Indian journal of veterinary science and animal husbandry - Volume 4,
Year: 1934
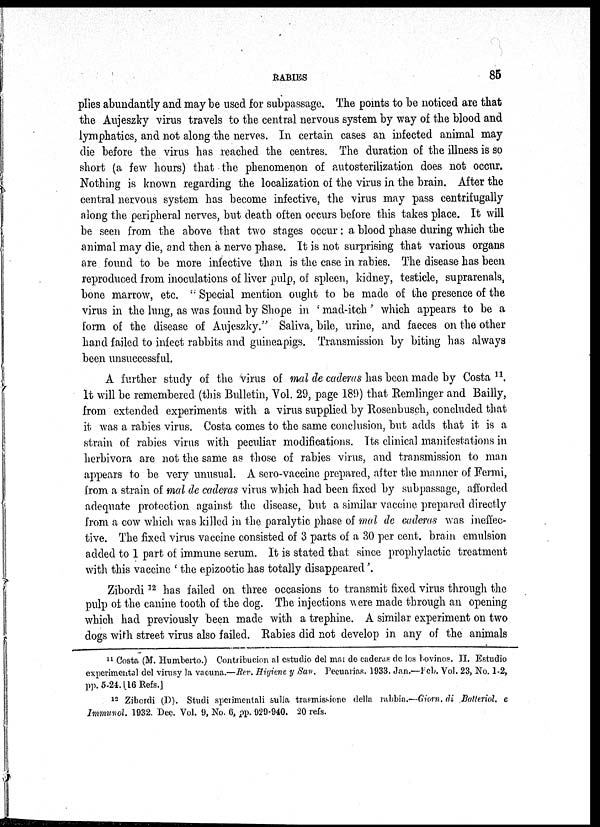
98 THE INDIAN JOURNAL OF VETERINARY SCIENCE AND ANIMAL HUSBANDRY [ IV, I.
mouth disease from Southern Rhodesia. Reports from his District Veterinary
Officers are included which show that the original directions were in some
cases slightly modified but that the general principles laid down were adhered
to, one or other of the methods being adopted. Generally speaking, the idea was to
" burn the disease out " instead of allowing it to smoulder indefinitely, and to
establish, belts of immune cattle between infected and clean areas. The Chief
Veterinary Surgeon states, " It was indicated in my report for 1931 that two of the
methods recommended by the Director of Veterinary Research, Mr. LI. E. W. Bevan,
for the rapid spread of infection in areas likely to become infected were adopted.
The direct contact method, that is, the introduction of diseased animals was carried
out on a large scale in the Victoria area with very satisfactory results. In all other
areas the intra-nasal method of inoculation was practised. The total number of
cattle inoculated during the year was 185,388. The results were extraordinarily
satisfactory, the reactions being invariably well marked, practically 100 per cent.,
excluding calves, and all signs of active infection had generally disappeared in less
than four weeks from the date of inoculation. In two instances only was there
any variation from the normal reactions ; in these, fresh cases of disease continued
to appear up to thirty days from the date of inoculation. Inoculation, of course,
cannot be successful unless a cattle-free belt is established between the area in which
it is being carried out and the surrounding clean country. The method usually
adopted was to concentrate the cattle for inoculation and, where feasible, move
cattle not in immediate contact with infection outwards, thus creating a cattle-free
belt, both sides of which were strongly guarded." Since the elimination of the
disease from Rhodesia it has appeared in the Bechuanaland Protectorate, where it
is being dealt with by the intra nasal method of inoculation slightly modified to
local conditions. According to the latest reports some 85,000 cattle have been
treated.
In the course of this unique experiment on an enormous scale, several interesting
observations were made by officers in the field. With regard to the duration of
immunity resulting from infection with the Rhodesian virus the Chief Veterinary
Surgeon states, "There is no doubt that it gives a complete immunity for a consider-
able period. This is demonstrated by the inoculation with proved virulent blood
of 266 head of transport oxen at the Nuanetsi Ranch which had been infected about
fourteen months previously. Not a single beast showed the slightest sign of a
reaction to the inoculation."
One officer presents evidence which indicates that calves born of cows shortly
after recovery from natural infection are immune. Concerning methods of dis-
semination of the disease in Rhodesia, experience has gone to prove the accuracy of
the earlier theories. The Chief Veterinary Surgeon writes :—" It can be stated with